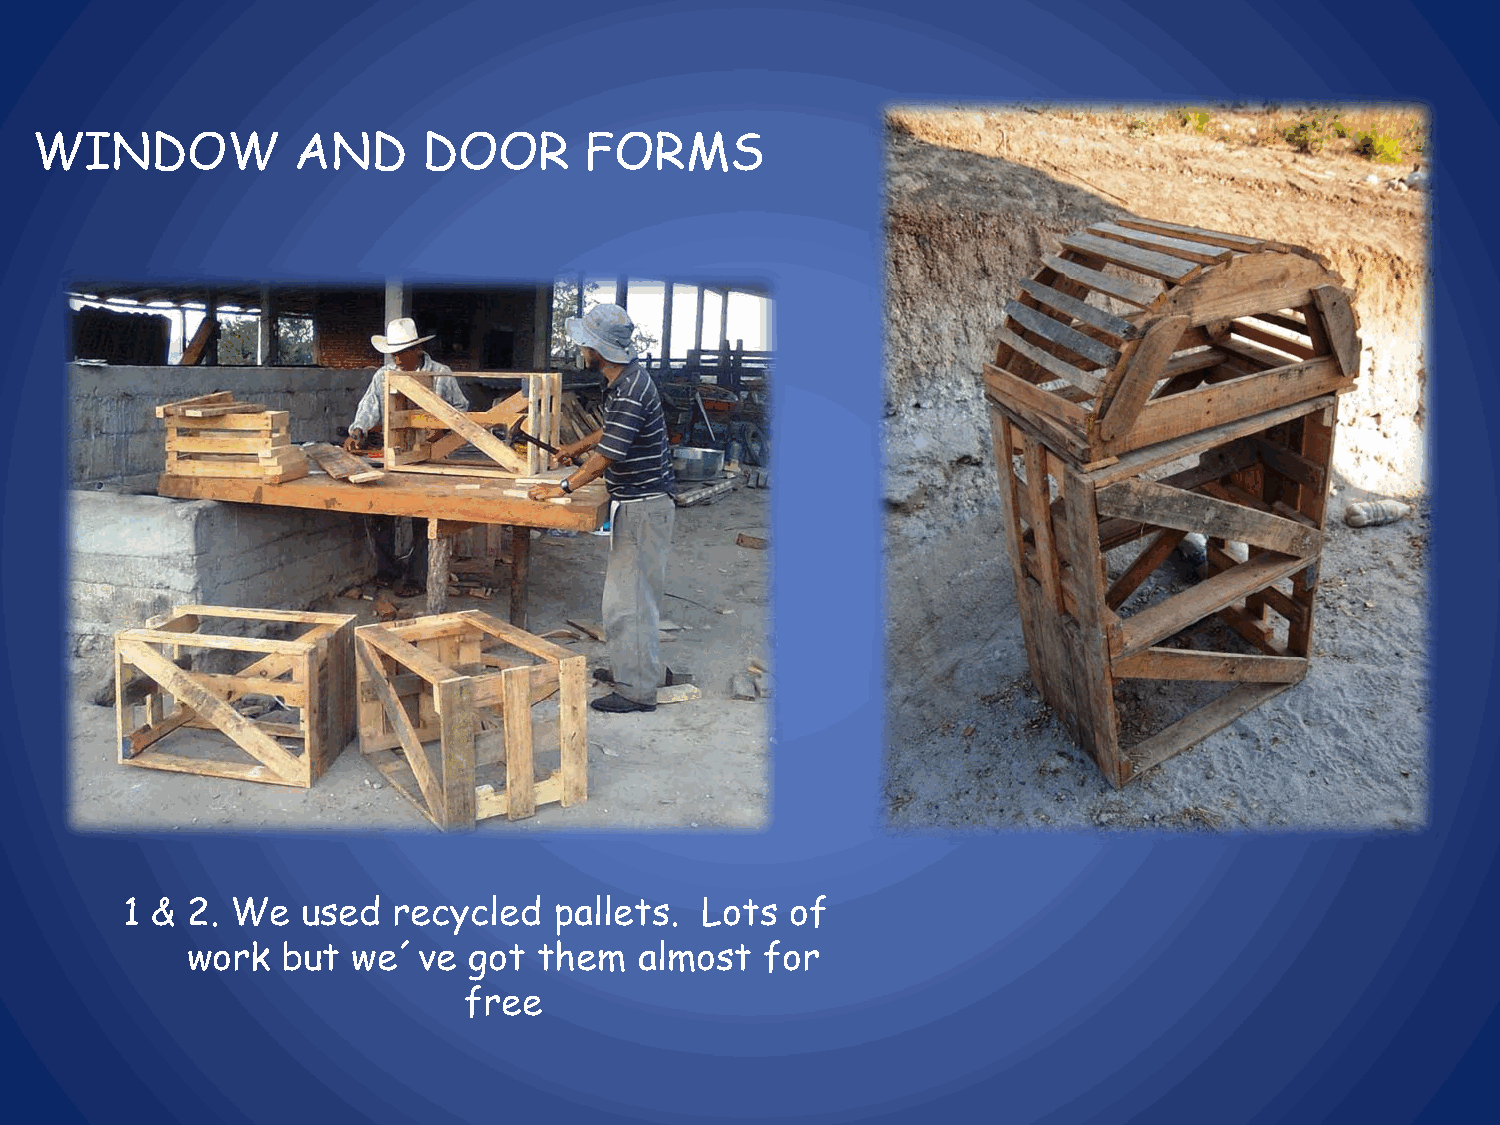
WINDOW           AND      DOOR       FORMS
 1 & 2. We   used  recycled   pallets. Lots  of
 work   but we´ve   got  them  almost   for
 free